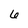
Character: 6